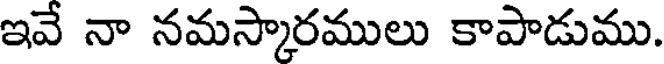
ఇవే నా నమస్కారములు కాపాడుము.